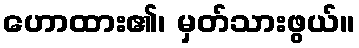
ဟောထား၏၊ မှတ်သားဖွယ်။